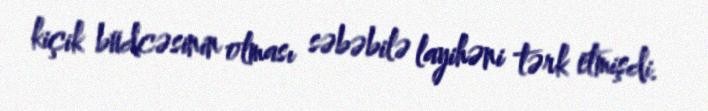
kiçik büdcəsinin olması səbəbilə layihəni tərk etmişdi.